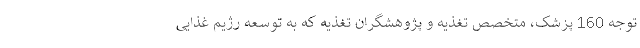
توجه 160 پزشک، متخصص تغذیه و پژوهشگران تغذیه که به توسعه رژیم غذایی